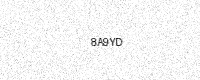
Text: 8A9YD